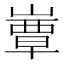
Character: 𡼬